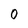
Character: 0